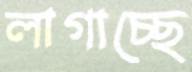
লাগাচ্ছে